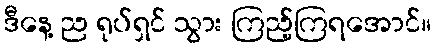
ဒီနေ့ ည ရုပ်ရှင် သွား ကြည့်ကြရအောင်။